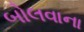
બોલવાના